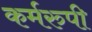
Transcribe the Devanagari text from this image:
कर्मरुपी